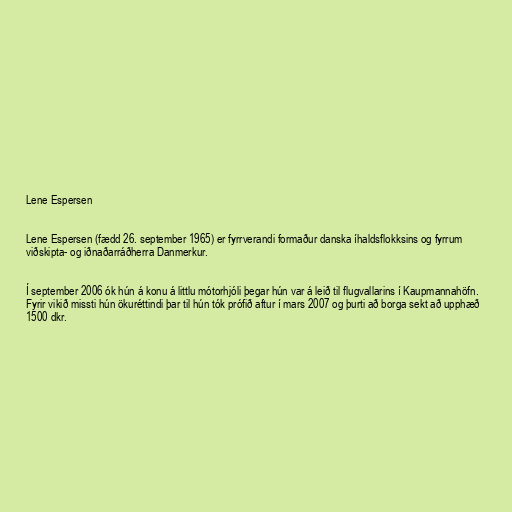
Lene Espersen

Lene Espersen (fædd 26. september 1965) er fyrrverandi formaður danska íhaldsflokksins og fyrrum
viðskipta- og iðnaðarráðherra Danmerkur.

Í september 2006 ók hún á konu á littlu mótorhjóli þegar hún var á leið til flugvallarins í Kaupmannahöfn.
Fyrir vikið missti hún ökuréttindi þar til hún tók prófið aftur í mars 2007 og þurti að borga sekt að upphæð
1500 dkr.